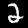
Digit: 2